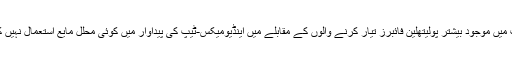
مارکیٹ میں موجود بیشتر پولیتھلین فائبرز تیار کرنے والوں کے مقابلے میں اینڈیومیکس-ٹیپ کی پیداوار میں کوئی محلل مایع استعمال نہیں کیا جاتا۔